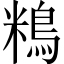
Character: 𪀿